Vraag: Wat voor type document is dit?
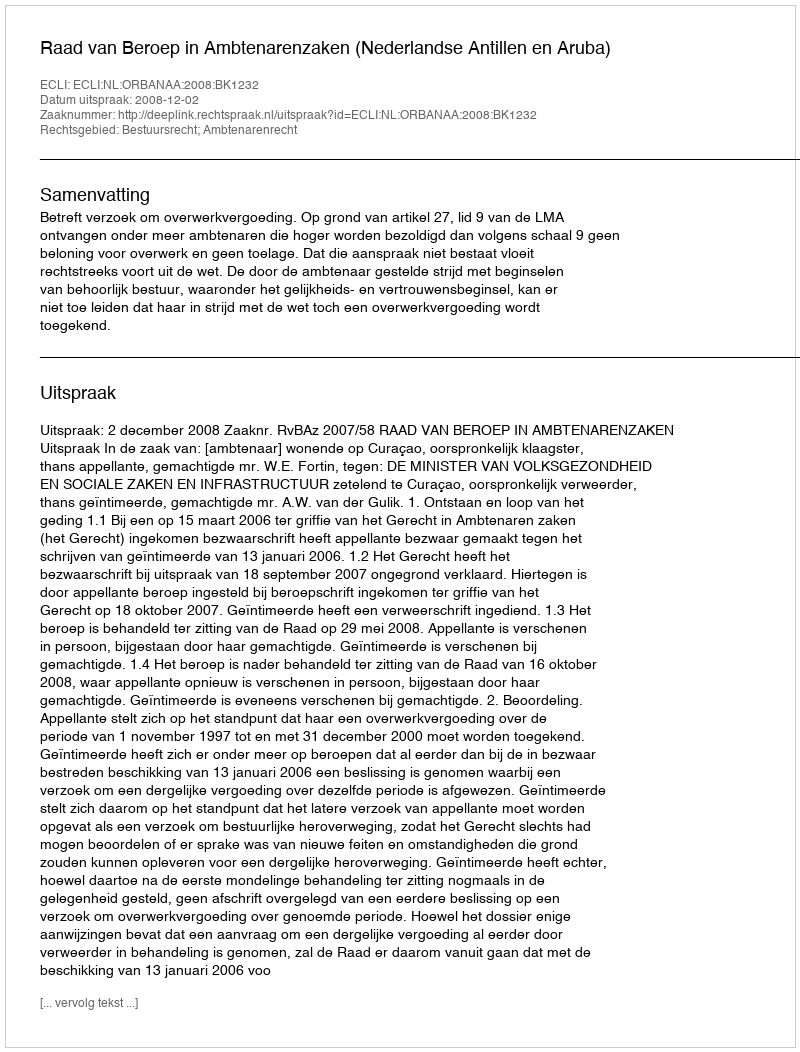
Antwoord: Uitspraak